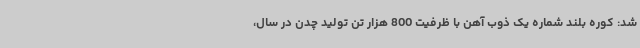
شد: کوره بلند شماره یک ذوب آهن با ظرفیت 800 هزار تن تولید چدن در سال،